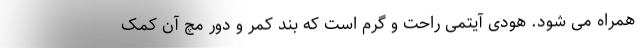
همراه می شود. هودی آیتمی راحت و گرم است که بند کمر و دور مچ آن کمک